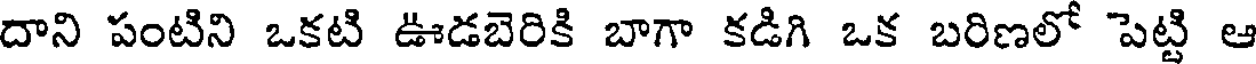
దాని పంటిని ఒకటి ఊడబెరికి బాగా కడిగి ఒక బరిణలో పెట్టి ఆ